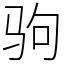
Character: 驹